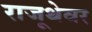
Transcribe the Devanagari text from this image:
राजूथेवर